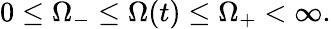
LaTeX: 0\leq\Omega_{-}\leq\Omega(t)\leq\Omega_{+}<\infty.